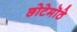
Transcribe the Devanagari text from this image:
छोटेमॊठे